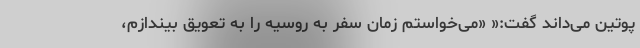
پوتین می‌داند گفت:« «می‌خواستم زمان سفر به روسیه را به تعویق بیندازم،